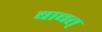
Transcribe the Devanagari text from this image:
बाबत्